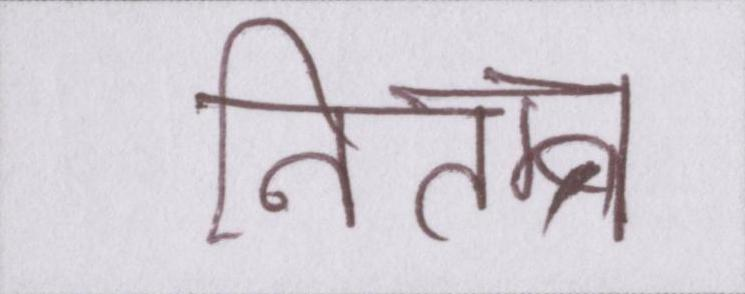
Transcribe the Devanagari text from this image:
नितम्ब